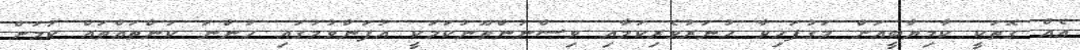
އެއް ގޮތަކީ ކާމިޔާބީއަށް މަގުފަހިވާ ހުނަރުވެރިކަމާއި ވިސްނުންތޫނުކަމަކީ އުފަންވުމުގައި ހުންނަ ކަންތައްތައް ކަމަށް